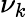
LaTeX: \nu_{k}